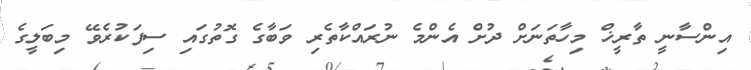
އިންސާނީ ތާރީޚް މިހާތަނަށް ދުށް އެންމެ ނުރައްކާތެރި ވަބާގެ ގޮތުގައި ސިފަކުރެވޭ މިބަލީގެ